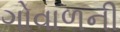
ગોવાળની